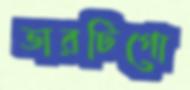
ভারটিগো